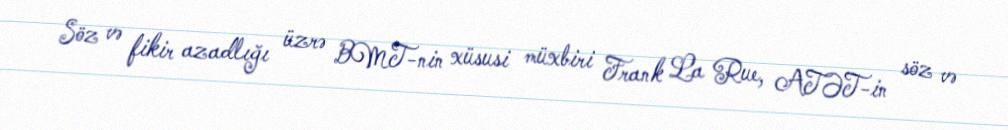
Söz və fikir azadlığı üzrə BMT-nin xüsusi müxbiri Frank La Rue, ATƏT-in söz və